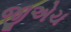
જીએચ